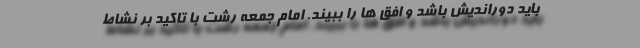
باید دوراندیش باشد و افق ها را ببیند. امام جمعه رشت با تاکید بر نشاط